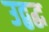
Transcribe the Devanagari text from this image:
उद्बद्ध